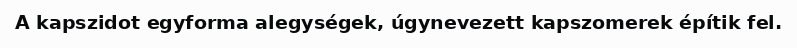
A kapszidot egyforma alegységek, úgynevezett kapszomerek építik fel.